Lock hospitals Punjab
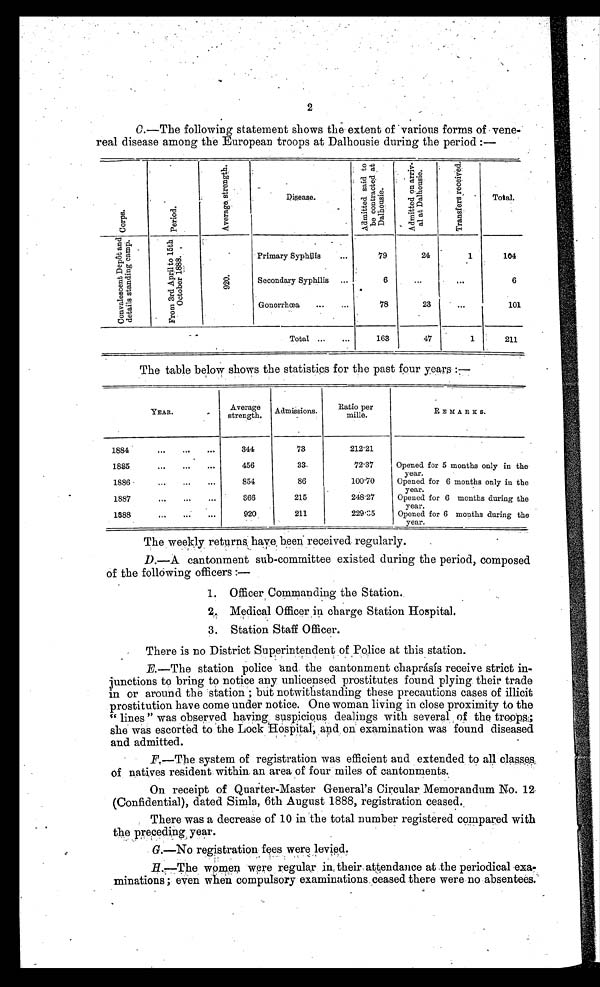
2
C.—The following statement shows the extent of various forms of vene--
real disease among the European troops at Dalhousie during the period :—
C o r p s .
P e r i o d .
A v e r a g e s t r e n g t h .
Disease.
A d m i t t e d s a i d t o b e c o n t r a c t e d a t D a l h o u s i e .
A d m i t t e d o n a r r i v - a l a t D a l h o u s i e .
T r a n s f e r s r e c e i v e d
.
Total.
C o n v a l e s c e n t D e p ô t a n d d e t a i l s s t a n d i n g c a m p .
F r o m 3 r d A p i r l t o 1 5 t h O c t o b e r 1 8 8 8 .
9 2 0 .
Primary Syphilis
. . .
79
24
1
104
Secondary Syphilis
6
...
. . .
6
Gonorrhœa
...
.. .
78
23
...
101
Total ...
. . .
163
47
1
211
The table below shows the statistics for the past four years:—
YEAR.
Averag
strength. Admissions.
Ratio per
mille.
REMARKS.
1884
. . .
. . .
. . .
344
73
212.21
1885
. . .
...
. . .
456
33
72.37
Opened for 5 months only in the
year.
1886
. . .
...
...
854
86
100.70
Opened for 6 months only in the
year.
1887
. . .
...
. . .
866
215
248.27
Opened for 6 months during the
year.
1888
. . .
. . .
...
920
211
229.35
Opened for 6 months during the
year.
The weekly returns. have, been received, regularly.
D.—A cantonment sub-committee existed during the period, composed
of the following officers :—
1. Officer Commanding the Station.
2. Medical Officer in charge Station Hospital.
3. Station Staff Officer.
There is no District Superintendent of Police at this station.
E.—The station police and the cantonment chaprásís receive strict in-
junctions to bring to notice any unlicensed prostitutes found plying their trade
in or around the station ; but notwithstanding these precautions cases of illicit
prostitution have come under notice. One woman living in close proximity to the
"
lines" was observed having. suspicious dealings with several of the troops ;
she was escorted to the Lock Hospital, and on examination was found diseased
and admitted.
F.—The system of registration was efficient and extended , to all classes
of natives resident within an area of four miles of cantonments.
On receipt of Quarter-Master General's Circular Memorandum No. 12
(Confidential), dated Simla, 6th August 1888, registration ceased.
There was a decrease of 10 in the total number registered compared with
the preceding year.
G.—No registration fees were levied.
H.—The women were regular in their attendance at the periodical exa
minations; even when compulsory examinations ceased there were no absentees.
•